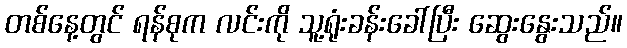
တစ်နေ့တွင် ရန်စုက လင်းကို သူ့ရုံးခန်းခေါ်ပြီး ဆွေးနွေးသည်။